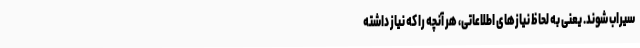
سیراب شوند. یعنی به لحاظ نیازهای اطلاعاتی، هر آنچه را که نیاز داشته